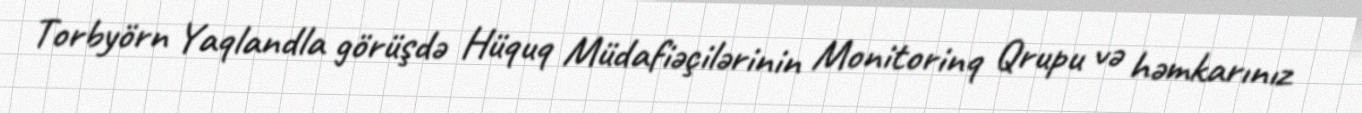
Torbyörn Yaqlandla görüşdə Hüquq Müdafiəçilərinin Monitorinq Qrupu və həmkarınız